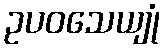
ဥပဝသေယျုံ